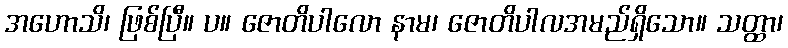
အဟောသိ၊ ဖြစ်ပြီ။ ပ။ ဇောတိပါလော နာမ၊ ဇောတိပါလအမည်ရှိသော။ သတ္ထာ၊